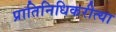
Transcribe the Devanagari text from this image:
प्रातिनिधिकरीत्या